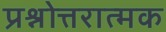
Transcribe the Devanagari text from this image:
प्रश्नोत्तरात्मक